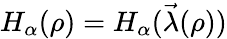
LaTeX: H_{\alpha}(\rho)=H_{\alpha}(\vec{\lambda}(\rho))